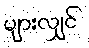
များလျှင်